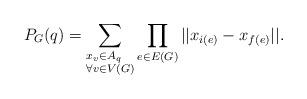
LaTeX: \begin{align*} P_G (q) = \sum_{\begin{subarray}{e} x_v \in A_q \\ \forall v \in V(G)\end{subarray} } \prod_{e\in E(G)} || x_{i(e)} - x_{f(e)}||.\end{align*}